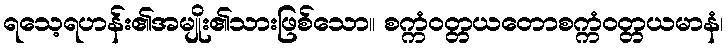
ရသေ့ရဟန်း၏အမျိုး၏သားဖြစ်သော။ စက္ကံဝတ္တယတောစက္ကံဝတ္တယမာနံ၊